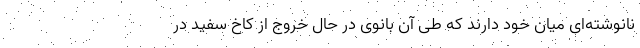
نانوشته‌ای میان خود دارند که طی آن بانوی در حال خروج از کاخ سفید در